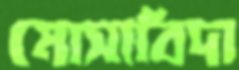
মোসাবিদা